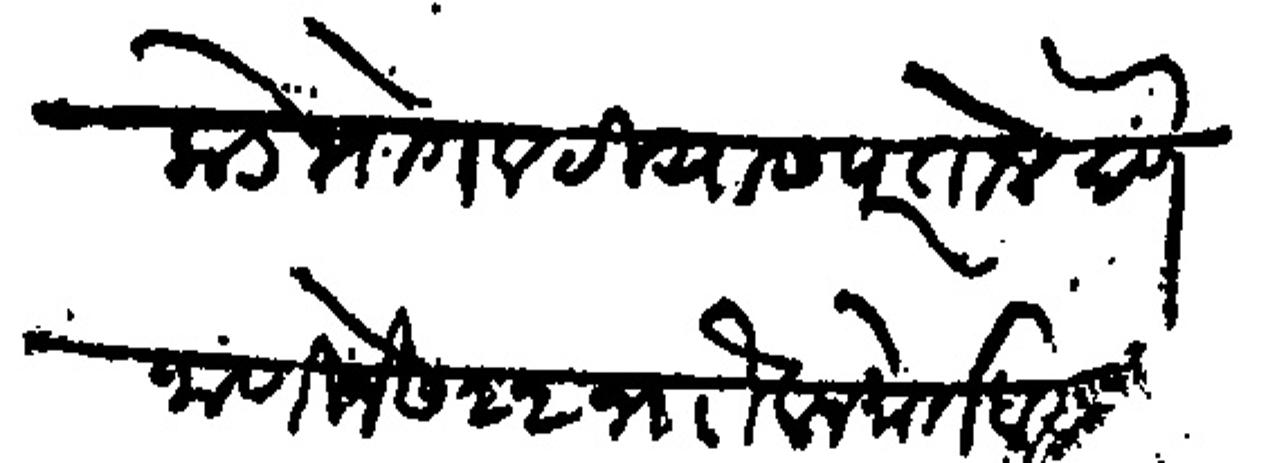
Transliteration (Devanagari): बाईकडे भोगवटीयास परसोन देणे जाणीजे छ २२ जौावल मोर्तब शुद